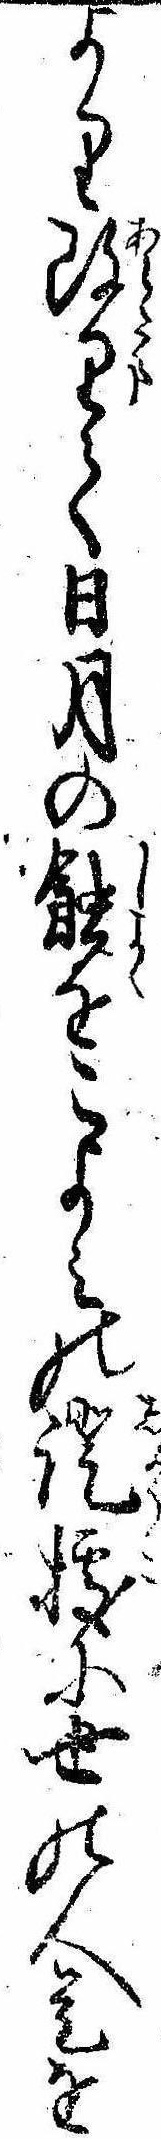
より改りて日月の蝕をこよみの証拠に世の人是を